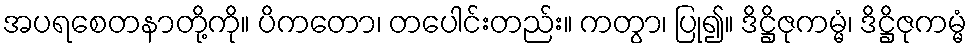
အပရစေတနာတို့ကို။ ပိကတော၊ တပေါင်းတည်း။ ကတွာ၊ ပြု၍။ ဒိဋ္ဌိဇုကမ္မံ၊ ဒိဋ္ဌိဇုကမ္မံ